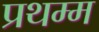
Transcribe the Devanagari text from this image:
प्रथम्म